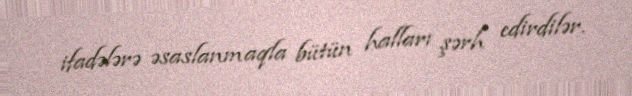
ifadələrə əsaslanmaqla bütün halları şərh edirdilər.